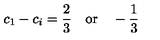
c _ { 1 } - c _ { i } = \frac { 2 } { 3 } \quad \mathrm { o r } \quad - \frac { 1 } { 3 }